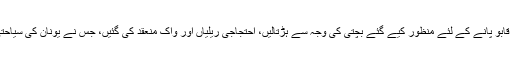
یونان میں حالیہ معاشی بحران پر قابو پانے کے لئے منظور کیے گئے بچتی کی وجہ سے ہڑتالیں، احتجاجی ریلیاں اور واک منعقد کی گئیں، جس نے یونان کی سیاحتی صنعت کو بہت نقصان پہنچایا۔